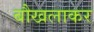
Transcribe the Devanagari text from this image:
बौखलाकर